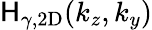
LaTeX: \mathsf{H}_{\gamma,\mathrm{{{2D}}}}(k_{z},k_{y})